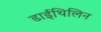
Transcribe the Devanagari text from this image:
डाईथिलिन